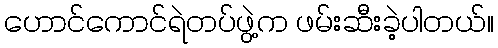
ဟောင်ကောင်ရဲတပ်ဖွဲ့က ဖမ်းဆီးခဲ့ပါတယ်။